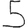
Digit: 5